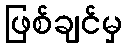
ဖြစ်ချင်မှ